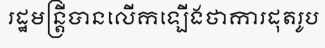
រដ្ឋមន្ត្រីបានលើកឡើងថាការដុតរូប